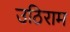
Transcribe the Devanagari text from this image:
उठिराम